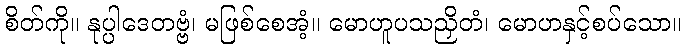
စိတ်ကို။ နုပ္ပါဒေတဗ္ဗံ၊ မဖြစ်စေအံ့။ မောဟူပသညှိတံ၊ မောဟနှင့်စပ်သော။